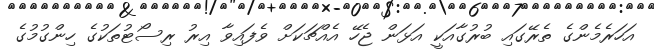
އަހަރެމެންގެ ތެރޭގައި ބުރުގާއަކީ އަޅަން ޖެހޭ އެއްޗަކަށް ވެފައިވާ އިރު ރިސޯޓުތަކުގެ ހިންގުމުގެ